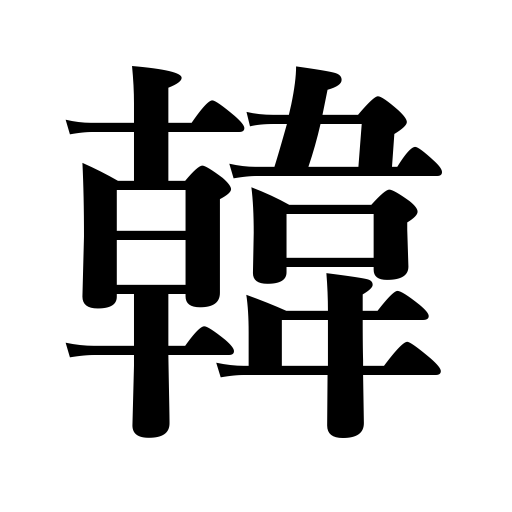
Meanings: Korea